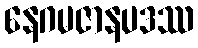
နေဂမဇာနပဒဿ